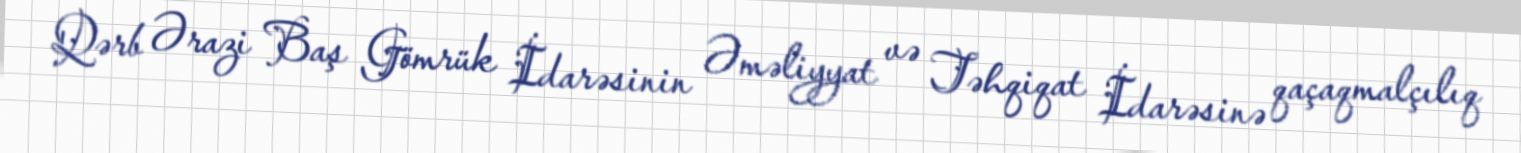
Qərb Ərazi Baş Gömrük İdarəsinin Əməliyyat və Təhqiqat İdarəsinə qaçaqmalçılıq